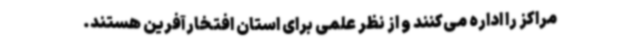
مراکز را اداره می‌کنند و از نظر علمی برای استان افتخارآفرین هستند.